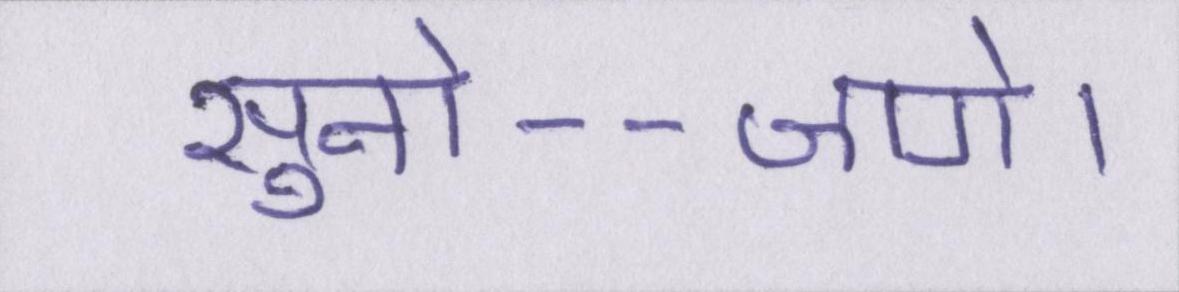
सुनो--जागे।